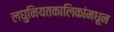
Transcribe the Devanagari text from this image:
लघुनियतकालिकांमधून